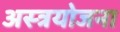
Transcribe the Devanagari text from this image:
अस्त्रयोजना